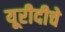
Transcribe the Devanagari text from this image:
यूरीदीचे